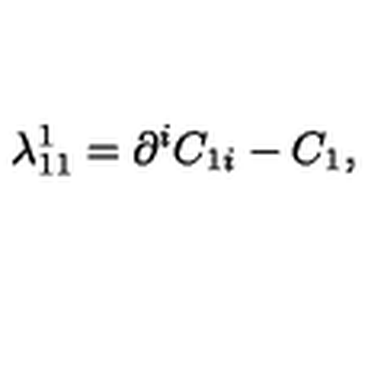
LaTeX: \lambda _ { 1 1 } ^ { 1 } = \partial ^ { i } C _ { 1 i } - C _ { 1 } ,